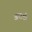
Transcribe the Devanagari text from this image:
अपाक्षी